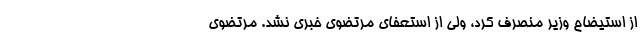
از استیضاح وزیر منصرف کرد، ولی از استعفای مرتضوی خبری نشد. مرتضوی